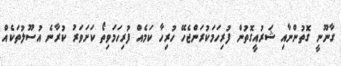
ގާނޫނީ ގޮތުންނާއި ޝަރުއީގޮތުން ފުރިހަމަކުރަންޖެހޭ ހުރިހާ ކަމެއް ފުރިހަމަވިތޯ ކަށަވަރު ކުރާނެ އުސޫލުތަކެއް